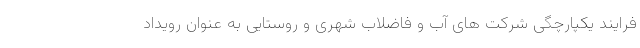
فرایند یکپارچگی شرکت های آب و فاضلاب شهری و روستایی به عنوان رویداد